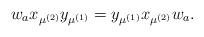
\begin{align*} w_{a} x_{\mu^{(2)}} y_{\mu^{(1)}}=y_{\mu^{(1)}} x_{\mu^{(2)}} w_a.\end{align*}